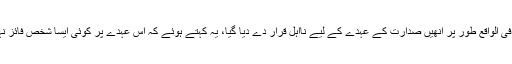
تاہم، فوج کی طرف سے تحریر کردہ برما کے آئین میں فی الواقع طور پر اُنھیں صدارت کے عہدے کے لیے نااہل قرار دے دیا گیا، یہ کہتے ہوئے کہ اِس عہدے پر کوئی ایسا شخص فائز نہیں ہوسکتا جِس کا کوئی فرد یا بچہ غیر ملکی شہری ہو۔